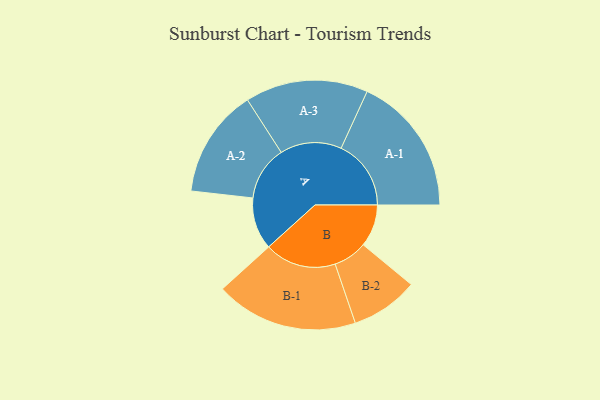
{"axis": {"x": "Segment", "y": "Value"}, "legend": ["", "A", "B"], "data": [{"x": "A", "y": 177, "type": ""}, {"x": "B", "y": 144, "type": ""}, {"x": "A-1", "y": 238, "type": "A"}, {"x": "A-2", "y": 185, "type": "A"}, {"x": "A-3", "y": 209, "type": "A"}, {"x": "B-1", "y": 243, "type": "B"}, {"x": "B-2", "y": 115, "type": "B"}]}